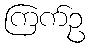
ကြက်ဥ